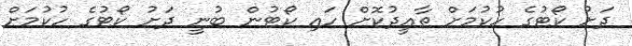
ދަށު ކޯޓުގެ ހުކުމަށް ތާއީދުކޮށް ހައި ކޯޓުން ބުނީ ދަށު ކޯޓުގެ ހުކުމަށް